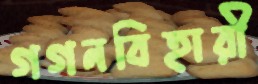
গগনবিহারী